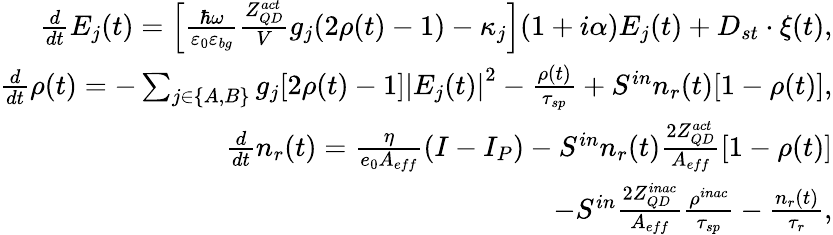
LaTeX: \begin{array}{r}{\frac{d}{dt}E_{j}(t)=\left[\frac{\hbar\omega}{\varepsilon_{0}\varepsilon_{bg}}\frac{Z_{QD}^{act}}{V}g_{j}(2\rho(t)-1)-\kappa_{j}\right](1+i\alpha)E_{j}(t)+D_{st}\cdot\xi(t),}\\ {\frac{d}{dt}\rho(t)=-\sum_{j\in\{ A,B\} }g_{j}[2\rho(t)-1]\left|E_{j}(t)\right|^{2}-\frac{\rho(t)}{\tau_{sp}}+S^{in}n_{r}(t)[1-\rho(t)],}\\ {\frac{d}{dt}n_{r}(t)=\frac{\eta}{e_{0}A_{eff}}\left(I-I_{P}\right)-S^{in}n_{r}(t)\frac{2Z_{QD}^{act}}{A_{eff}}[1-\rho(t)]}\\ {-S^{in}\frac{2Z_{QD}^{inac}}{A_{eff}}\frac{\rho^{inac}}{\tau_{sp}}-\frac{n_{r}(t)}{\tau_{r}},}\end{array}